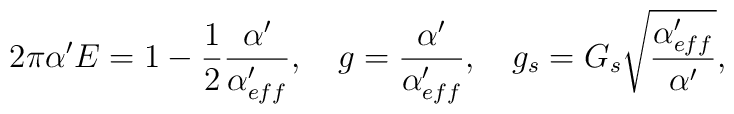
2\pi \alpha' E =1-\frac{1}{2}\frac{\alpha'}{\alpha'_{eff}},\ \ \ g=\frac{\alpha'}{\alpha'_{eff}}, \ \ \ g_s=G_s\sqrt{\frac{\alpha'_{eff}}{\alpha'}},